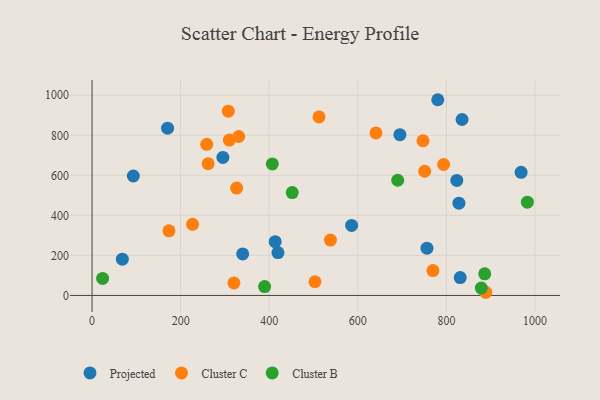
{"axis": {"x": "Price", "y": "Yield"}, "legend": ["Cluster B", "Cluster C", "Projected"], "data": [{"x": "828.3", "y": 461.1, "type": "Projected"}, {"x": "419.7", "y": 214.1, "type": "Projected"}, {"x": "780.5", "y": 977.8, "type": "Projected"}, {"x": "695.0", "y": 803.1, "type": "Projected"}, {"x": "835.3", "y": 879.1, "type": "Projected"}, {"x": "756.1", "y": 236.2, "type": "Projected"}, {"x": "413.4", "y": 268.8, "type": "Projected"}, {"x": "68.4", "y": 181.3, "type": "Projected"}, {"x": "93.2", "y": 596.8, "type": "Projected"}, {"x": "831.2", "y": 89.4, "type": "Projected"}, {"x": "295.4", "y": 689.5, "type": "Projected"}, {"x": "823.5", "y": 574.7, "type": "Projected"}, {"x": "340.1", "y": 207.4, "type": "Projected"}, {"x": "586.0", "y": 349.9, "type": "Projected"}, {"x": "170.5", "y": 835.9, "type": "Projected"}, {"x": "968.6", "y": 614.9, "type": "Projected"}, {"x": "262.1", "y": 658.5, "type": "Cluster C"}, {"x": "227.0", "y": 355.1, "type": "Cluster C"}, {"x": "173.6", "y": 322.7, "type": "Cluster C"}, {"x": "640.9", "y": 812.1, "type": "Cluster C"}, {"x": "331.2", "y": 794.0, "type": "Cluster C"}, {"x": "793.7", "y": 654.2, "type": "Cluster C"}, {"x": "326.4", "y": 536.2, "type": "Cluster C"}, {"x": "888.8", "y": 15.8, "type": "Cluster C"}, {"x": "503.3", "y": 68.3, "type": "Cluster C"}, {"x": "307.6", "y": 920.8, "type": "Cluster C"}, {"x": "259.0", "y": 755.1, "type": "Cluster C"}, {"x": "751.0", "y": 620.4, "type": "Cluster C"}, {"x": "309.9", "y": 776.1, "type": "Cluster C"}, {"x": "769.6", "y": 124.1, "type": "Cluster C"}, {"x": "320.3", "y": 62.7, "type": "Cluster C"}, {"x": "538.2", "y": 276.4, "type": "Cluster C"}, {"x": "512.4", "y": 892.0, "type": "Cluster C"}, {"x": "747.2", "y": 772.8, "type": "Cluster C"}, {"x": "452.0", "y": 513.9, "type": "Cluster B"}, {"x": "23.9", "y": 85.1, "type": "Cluster B"}, {"x": "886.5", "y": 107.8, "type": "Cluster B"}, {"x": "389.6", "y": 44.1, "type": "Cluster B"}, {"x": "690.1", "y": 575.4, "type": "Cluster B"}, {"x": "982.8", "y": 466.0, "type": "Cluster B"}, {"x": "878.8", "y": 37.0, "type": "Cluster B"}, {"x": "407.0", "y": 657.1, "type": "Cluster B"}]}